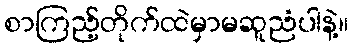
စာကြည့်တိုက်ထဲမှာမဆူညံပါနဲ့။